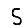
Digit: 5